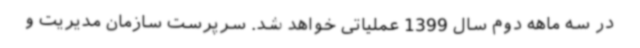
در سه ماهه دوم سال 1399 عملیاتی خواهد شد. سرپرست سازمان مدیریت و